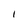
Character: I